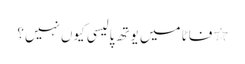
٭فاٹا میں یوتھ پالیسی کیوں نہیں؟